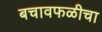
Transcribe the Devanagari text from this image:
बचावफळीचा